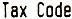
TAX CODE